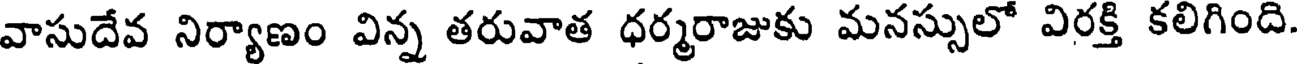
వాసుదేవ నిర్యాణం విన్న తరువాత ధర్మరాజుకు మనస్సులో విరక్తి కలిగింది.